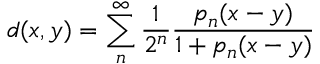
d ( x , y ) = \sum _ { n } ^ { \infty } { \frac { 1 } { 2 ^ { n } } } { \frac { p _ { n } ( x - y ) } { 1 + p _ { n } ( x - y ) } }